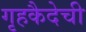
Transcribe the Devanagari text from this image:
गृहकैदेची